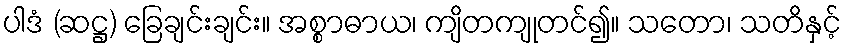
ပါဒံ (ဆဋ္ဌ) ခြေချင်းချင်း။ အစ္စာဓာယ၊ ကျိတကျုတင်၍။ သတော၊ သတိနှင့်